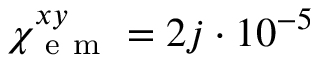
\chi _ { \mathrm { ~ e ~ m ~ } } ^ { x y } = 2 j \cdot 1 0 ^ { - 5 }